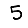
Digit: 5